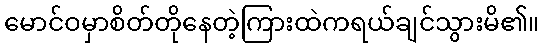
မောင်ဝမှာစိတ်တိုနေတဲ့ကြားထဲကရယ်ချင်သွားမိ၏။